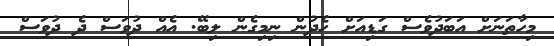
މިހާތަނަށް އަބަދުވެސް ގަޑިއަށް ހެދުން ނިމިގެން ލިބޭ. އެއް ދުވަސް ދެ ދުވަސް